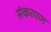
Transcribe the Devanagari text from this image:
संकरगण